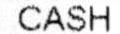
CASH